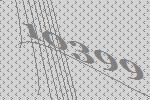
10399